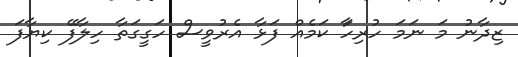
ޒިދާނު މަ ނަމަ ހުރިހަަާ ކަމެއް ފަޅާ އެރުވީސް ހަގީގަތާ ހިލާފޭ ކިޔާފަ